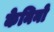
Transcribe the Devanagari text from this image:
केनिनो